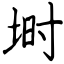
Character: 埘